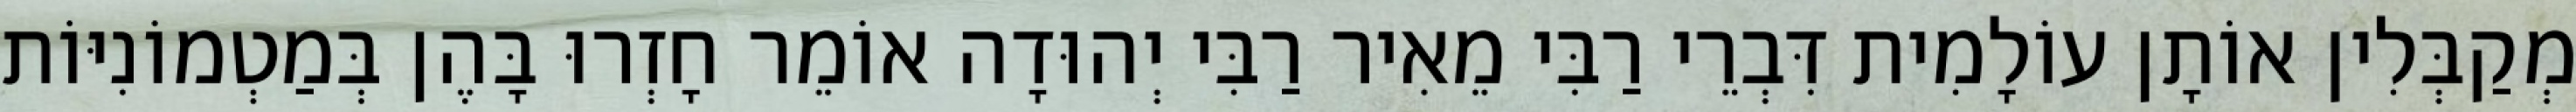
מְקַבְּלִין אוֹתָן עוֹלָמִית דִּבְרֵי רַבִּי מֵאִיר רַבִּי יְהוּדָה אוֹמֵר חָזְרוּ בָּהֶן בְּמַטְמוֹנִיּוֹת